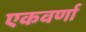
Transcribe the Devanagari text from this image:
एकवर्णा